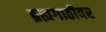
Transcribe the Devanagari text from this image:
ब्रह्मगाठीवर